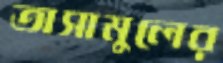
তাসামুলের